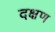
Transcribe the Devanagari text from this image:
दक्षण